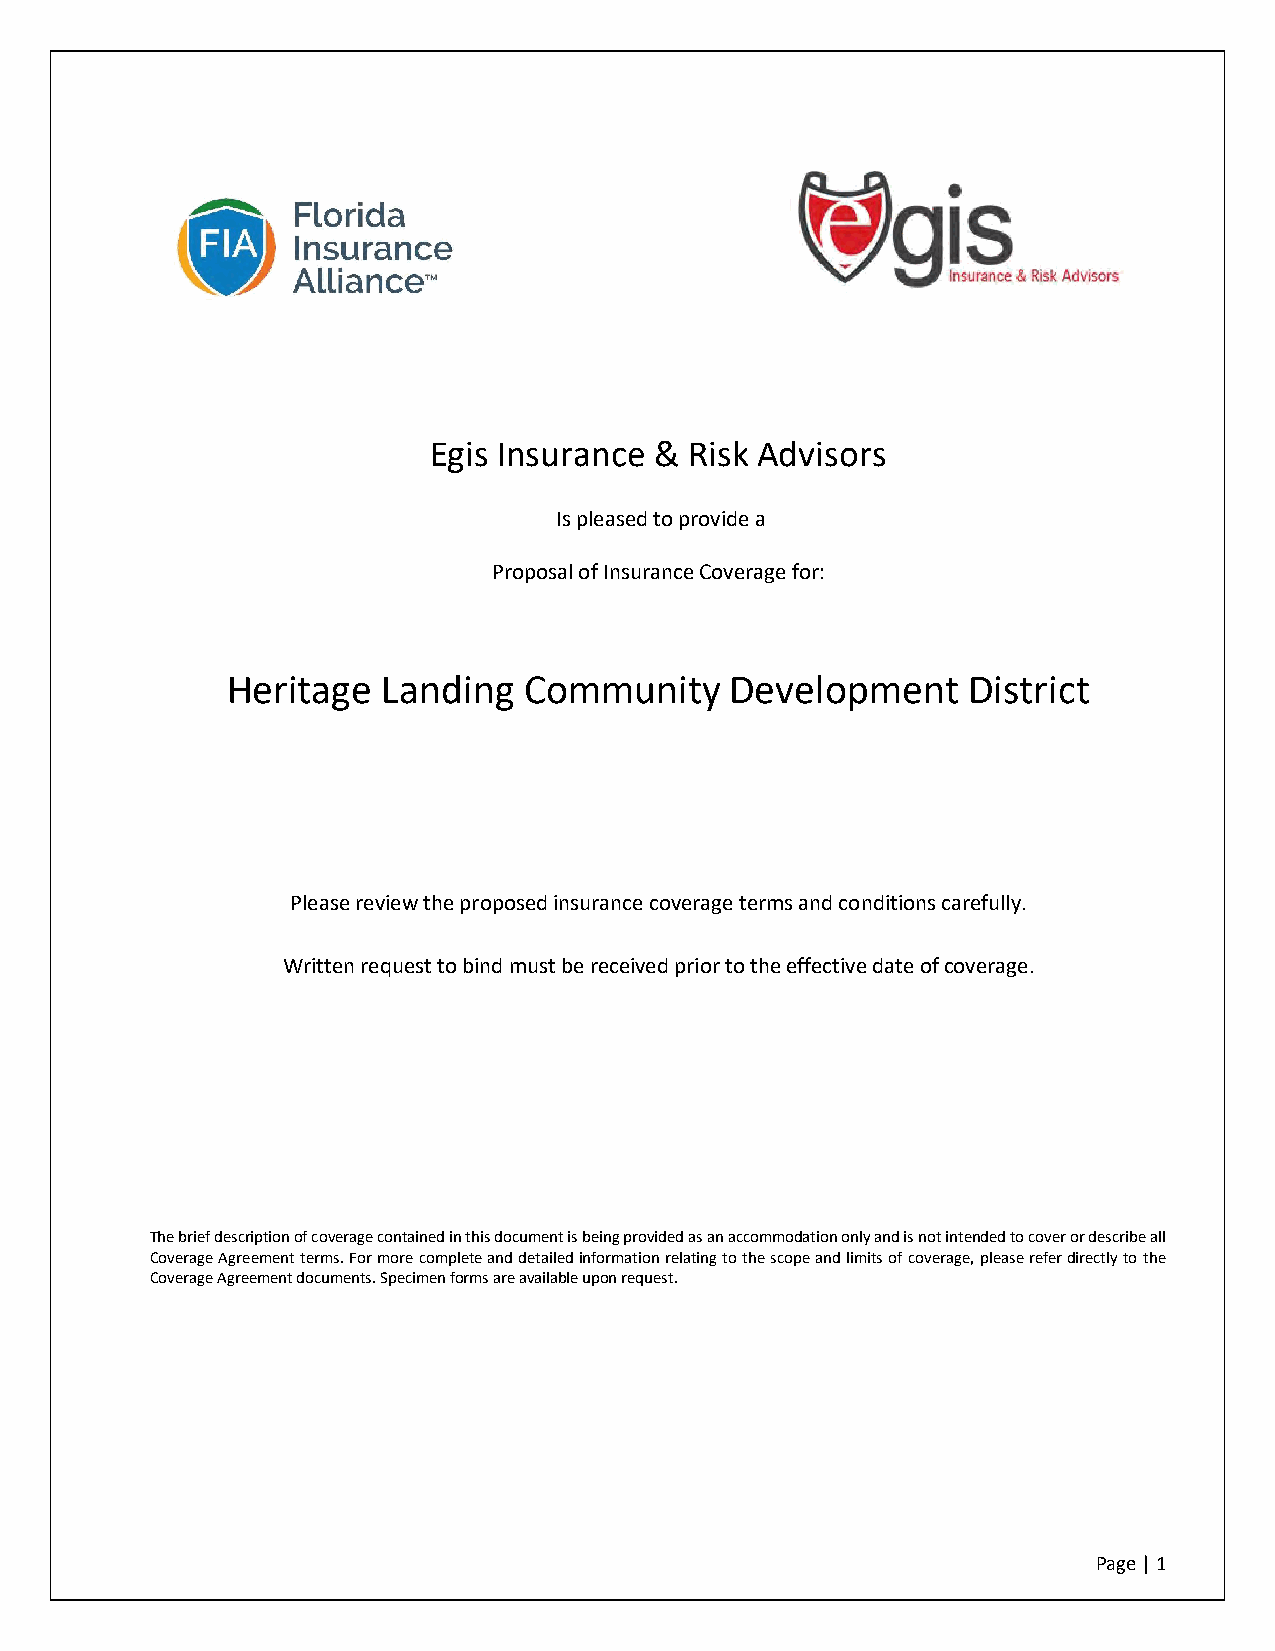
Egis Insurance &  Risk Advisors
 Is pleased to provide a
 Proposal of Insurance Coverage for:
 Heritage  Landing   Community    Development     District
 Please review the proposed insurance coverage terms and conditions carefully.
 Written request to bind must be received prior to the effective date of coverage.
 The brief description of coverage contained in this document is being provided as an accommodation only and is not intended to cover or describe all
 Coverage Agreement terms. For more complete and detailed information relating to the scope and limits of coverage, please refer directly to the
 Coverage Agreement documents. Specimen forms are available upon request.
 Page | 1